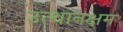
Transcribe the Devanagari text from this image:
उत्थानक्षम